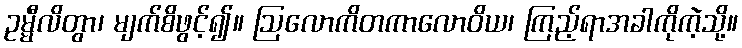
ဥမ္မီလိတွာ၊ မျက်စိဖွင့်၍။ ဩလောကိတကာလောဝိယ၊ ကြည့်ရာအခါကိုကဲ့သို့။